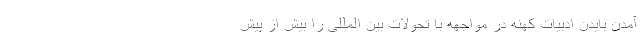
آمدن بایدن ادبیات کهنه در مواجهه با تحولات بین المللی را بیش از پیش